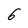
Character: 6